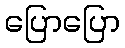
ပြောပြော